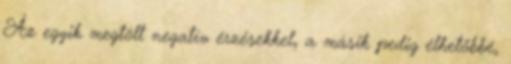
Az egyik megtölt negatív érzésekkel, a másik pedig élhetőbbé,